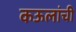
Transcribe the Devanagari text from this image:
कऊलांची